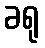
ခရု